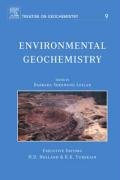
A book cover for Environmental Geochemistry: Treatise on Geochemistry, Second Edition, Volume 9; Science & Math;